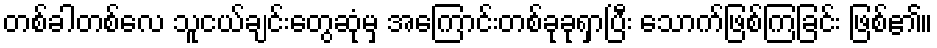
တစ်ခါတစ်လေ သူငယ်ချင်းတွေဆုံမှ အကြောင်းတစ်ခုခုရှာပြီး သောက်ဖြစ်ကြခြင်း ဖြစ်၏။